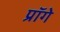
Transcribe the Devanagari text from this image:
प्रॉगे